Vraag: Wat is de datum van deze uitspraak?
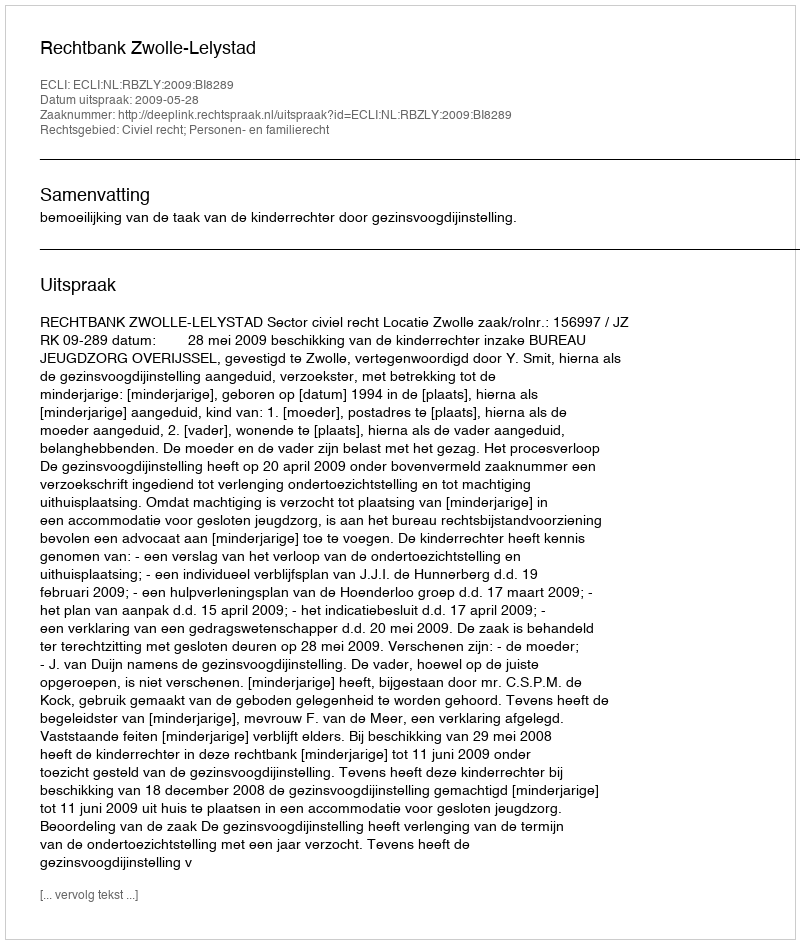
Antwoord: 2009-05-28